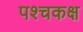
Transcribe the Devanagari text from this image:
पश्चकक्ष